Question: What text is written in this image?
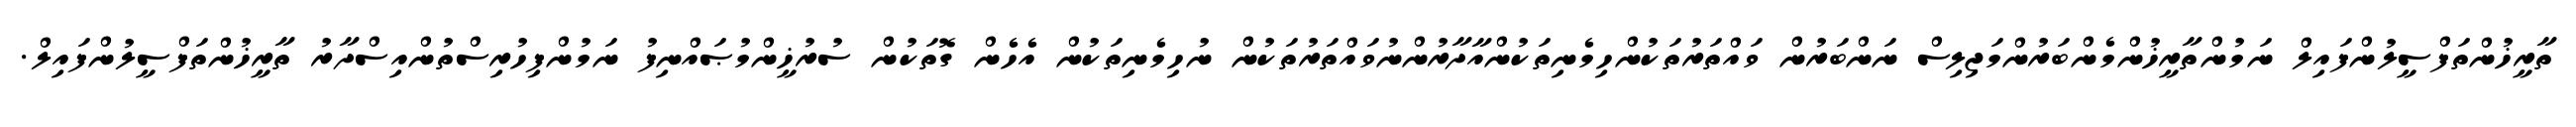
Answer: ތާރީޚުންތަފްސީލުންފައިލް ނަމުންތާރީޚުންމެންބަރުންމަޖިލިސް ނަންބަރުން ވައްތަރުތަކުންހިމެނިތަކުންއާދާރުންނުވައްތަރުތަކުން ނުހިމެނިތަކުން އެހެން ގޮތަކުން ސުރުޚީންމުޞައްނިފު ނަމުންފިހުރިސްތުންއިސްދާރު ތާރީޚުންތަފްސީލުންފައިލް.